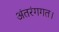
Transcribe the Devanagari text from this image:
अंतरंगगत।